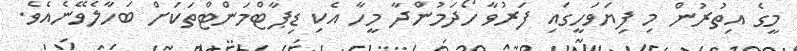
މީގެ އިތުރުން މި ފިޔަވަހީގައި ފަރުވާ ހޯދަމުންދާ މީހާ އެކި ޑިޕާޓްމަންޓްތަކަށް ބަހާލެވޭނެއެވެ.